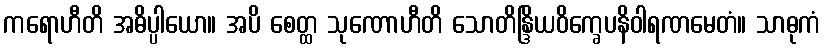
ကရောဟီတိ အဓိပ္ပါယော။ အပိ စေတ္ထ သုဏောဟီတိ သောတိန္ဒြိယဝိက္ခေပနိဝါရဏမေတံ။ သာဓုကံ